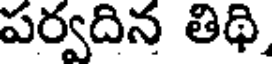
పర్వదిన తిథి,